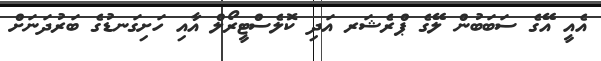
އެއީ އޭގެ ސަބަބުން ލޭގެ ޕްރެޝަރ އަދި ކޮލެސްޓީރޯލް އާއި ހަށިގަނޑުގެ ބަރުދަނަށް